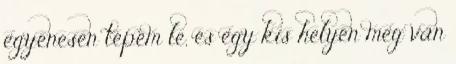
egyenesen tépem le, és egy kis helyen meg van